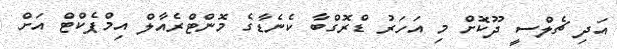
އަދި ޗެލްސީ ދޫކޮށް މި އަހަރު ޑްރޮގްބާ ކެނެޑާގެ މޮންޓްރެއާލް އިމްޕެކްޓް އަށް